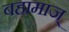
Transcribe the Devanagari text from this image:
बहामाज्